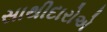
સાથીદારોએ